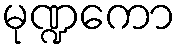
မုဏ္ဍကော